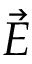
\vec { \cal E }